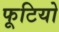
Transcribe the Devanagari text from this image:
फूटियो